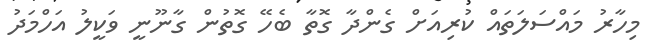
މިހާރު މައްސަލަތައް ކުރިއަށް ގެންދާ ގޮތާ ބެހޭ ގޮތުން ގާނޫނީ ވަކީލު އަހްމަދު